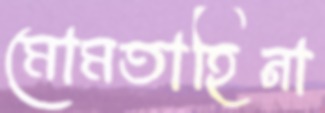
মোমতাহিনা